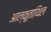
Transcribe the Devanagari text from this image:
आल्कूताथिल